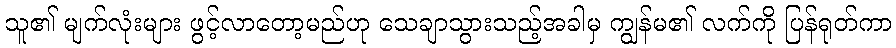
သူ၏ မျက်လုံးများ ဖွင့်လာတော့မည်ဟု သေချာသွားသည့်အခါမှ ကျွန်မ၏ လက်ကို ပြန်ရုတ်ကာ